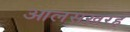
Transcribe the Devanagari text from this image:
आलसख़रह